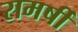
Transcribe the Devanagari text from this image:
रामर्षी